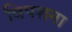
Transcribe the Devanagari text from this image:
विपशना